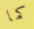
كما